Report on vaccination in Madras 1895-1903 - 1895-1903
Year: 1895
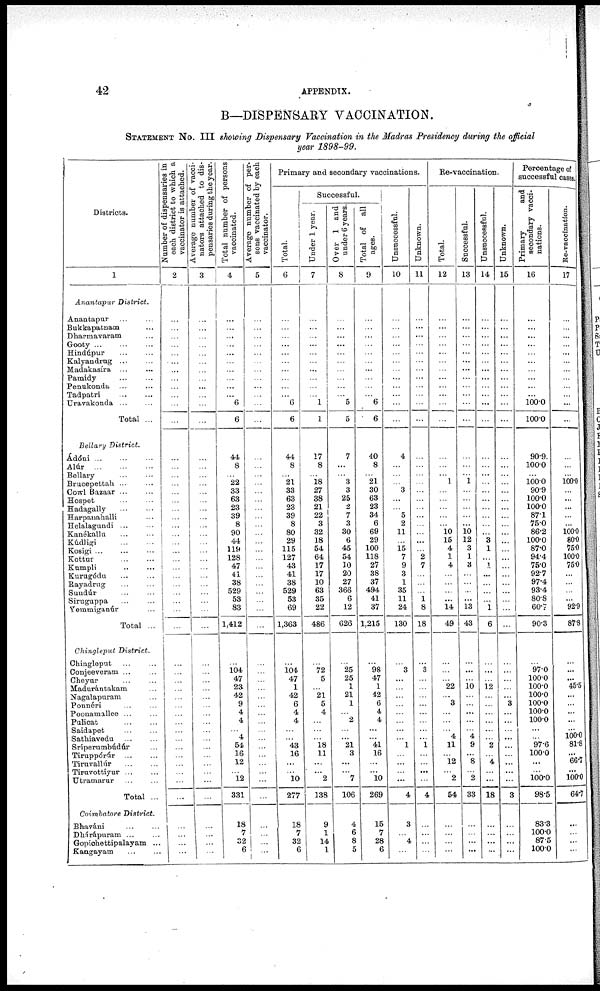
42
APPENDIX.
B—DISPENSARY VACCINATION.
STATEMENT No. III showing Dispensary Vaccination in the Madras Presidency during the official
year 1898-99.
Districts.
1
Anantapur District.
Anantapur ... ...
Bukkapatnam ...
Dharmavaram ...
Gooty
...
...
...
Hindúpur
...
...
Kalyandrug ... ...
Madakasíra ... ...
Pamidy
...
...
Penukonda ... ...
Tadpatri
...
...
Uravakonda ... ...
Total ...
Bellary District.
Ádóni ... ... ...
Alúr
...
...
...
Bellary
...
...
Brucepettah ... ...
Cowl Bazaar ...
Hospet
...
...
Hadagally ... ...
Harpanahalli ...
Helalagundi ... ...
Kanékallu ... ...
Kúdligi
...
...
Kosigi ... ... ...
Kottur
...
...
Kumpli ... ...
Kurugódu ... ...
Bayadrug ... ...
Sundúr ... ...
Siruguppa ... ...
Yemmiganúr ...
Total ...
Chingleput District.
Chingleput ... ...
Conjeeveram ... ...
Cheyur ... ...
Madurántakam ...
Nagalapuram ...
Ponnéri ... ...
Poonamallee ... ...
Pulicat
...
...
Saidapet ... ...
Sathiavedu ... ...
Sríperumbúdúr ...
Tiruppórúr ... ...
Tiruvallúr
...
...
Tiruvottiyur ... ...
Utramarur ... ...
Total ...
Coimbatore District.
Bhaváni ... ...
Dhárápuram ... ...
Gopichettipalayam ...
Kangayam ... ...
Number of dispensaries in
each district to which a
vaccinator is attached.
2
...
...
...
...
...
...
...
...
...
...
...
...
...
...
...
...
...
...
...
...
...
...
...
...
...
...
...
...
...
...
...
...
...
...
...
...
...
...
...
...
...
...
...
...
...
...
...
...
...
... ...
...
Average number of vacci-
nators attached to dis-
pensaries during the year.
3
...
...
...
...
...
...
...
...
...
...
...
...
...
...
...
...
...
...
...
...
...
...
...
...
...
...
...
...
...
...
...
...
...
...
...
...
...
...
...
...
...
...
...
...
...
...
...
...
...
...
...
...
Total number of persons
vaccinated.
4
...
...
...
...
...
...
...
...
...
...
6
6
44
8
...
22
33
63
23
39
8
90
44
119
128
47
41
38
529
53
83
1,412
...
104
47
23
42
9
4
4
...
4
54
16
12
...
12
331
18
7
32
6
Average number of per-
sons vaccinated by each
vaccinator.
5
...
...
...
...
...
...
...
...
...
...
...
...
...
...
...
...
...
...
...
...
...
...
...
...
...
...
...
...
...
...
...
...
...
...
...
...
...
...
...
...
...
...
...
...
...
...
...
...
...
...
...
...
Primary and secondary vaccinations.
Total.
6
...
...
...
...
...
...
...
...
...
...
6
6
44
8
...
21
33
63
23
39
8
80
29
115
127
43
41
38
529
53
69
1,363
...
104
47
1
42
6
4
4
...
... 43
16
...
...
10
277
18
7
32
6
Successful.
Under 1 year.
7
...
...
...
...
...
...
...
...
...
...
1
1
17
8
...
18
27
38
21
22
3
32
18
54
64
17
17
10
63
35
22
486
...
72
5
...
21
5
4
...
...
... 18
11
...
...
2
138
9
1
14
1
Over 1 and
under 6 years.
8
...
...
...
...
...
...
...
...
...
...
5
5
7
...
...
3
3
25
2
7
3
30
6
45
54
10
20
27
366
6
12
626
...
25
25
1
21
1
...
2
...
...
21
3
...
...
7
106
4
6
8
5
Total of all
ages.
9
...
...
...
...
...
...
...
...
...
...
6
6
40
8
...
21
30
63
23
34
6
69
29
100
118
27
38
37
494
41
37
1,215
...
98
47
1
42
6
4
4
...
... 41
16
...
...
10
269
15
7
28
6
Unsuccessful.
10
...
...
...
...
...
...
...
...
...
...
...
...
4
...
...
...
3
...
...
5
2
11
...
15
7
9
3
1
35
11
24
130
...
3
...
...
...
...
...
...
...
... 1
...
...
...
...
4
3
...
4
...
Unknown.
11
...
...
...
...
...
...
...
...
...
...
...
...
...
...
...
...
...
...
...
...
...
...
...
...
2
7
...
...
...
1 8
18
...
3
...
...
...
...
...
...
...
...
1
...
...
...
...
4
...
...
...
...
Re-vaccination.
Total.
12
...
...
...
...
...
...
...
...
...
...
...
...
...
...
...
1
...
...
...
...
...
10
15
4
1
4
...
...
...
...
14
49
...
...
...
22
...
3
...
...
...
4
11
...
12
...
2
54
...
...
...
...
Successful.
13
...
...
...
...
...
...
...
...
...
...
...
...
...
...
...
1
...
...
...
...
...
10
12
3
1
3
...
...
...
...
13
43
...
...
...
10
...
...
...
...
...
4
9
...
8
...
2
33
...
...
...
...
Unsuccessful.
14
...
...
...
...
...
...
...
...
...
...
...
...
...
...
...
...
...
...
...
...
...
...
3
1
...
1
...
...
...
...
1
6
...
...
...
12
...
...
...
...
...
... 2
...
4
...
...
18
...
...
...
...
Unknown.
15
...
...
...
...
...
...
...
...
...
...
...
...
...
...
...
...
...
...
...
...
...
...
...
...
...
...
...
...
...
...
...
...
...
...
...
...
...
3
...
...
...
...
...
...
...
...
...
3
...
...
...
...
Percentage of
successful cases.
Primary
and
secondary vacci-
nations.
16
...
...
...
...
...
...
...
...
...
...
100.0
100.0
90.9
100.0
...
100.0
90.9
100.0
100.0
87.1
75.0
86.2
100.0
87.0
94.4
75.0
92.7
97.4
93.4
80.8
60.7
90.3
...
97.0
100.0
100.0
100.0
100.0
100.0
100.0
...
... 97.6
100.0
...
...
100.0
98.5
83.3
100.0
87.5
100.0
Re-vaccination.
17
...
...
...
...
...
...
...
...
...
...
...
...
...
...
...
100.0
...
...
...
...
...
100.0
80.0
75.0
100.0
75.0
...
...
...
...
92.9
87.8
...
...
...
45.5
...
...
...
...
...
100.0
81.8
...
66.7
...
100.0
64.7
...
...
...
...